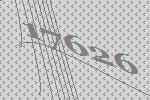
17626